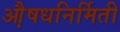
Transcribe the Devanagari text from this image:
औ़़षधनिर्मिती